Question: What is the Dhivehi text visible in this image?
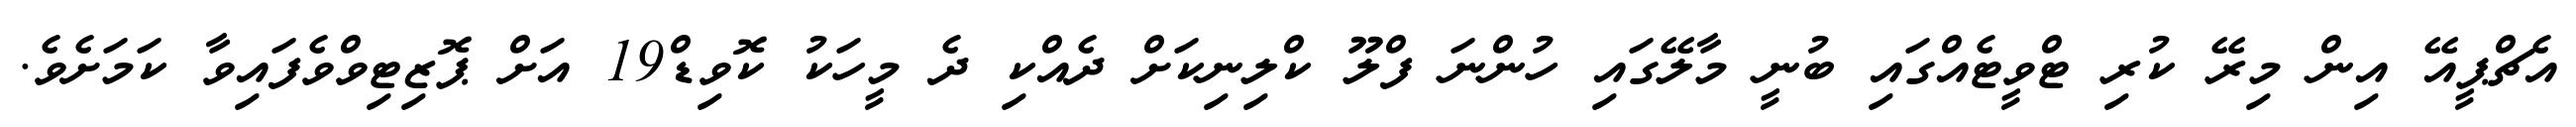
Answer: އެޗްޕީއޭ އިން މިރޭ ކުރި ޓްވީޓެއްގައި ބުނީ މާލޭގައި ހުންނަ ފްލޫ ކްލިނިކަށް ދެއްކި ދެ މީހަކު ކޮވިޑް19 އަށް ޕޮޒިޓިވްވެފައިވާ ކަމަށެވެ.